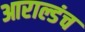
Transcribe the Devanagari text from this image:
आराल्डंच